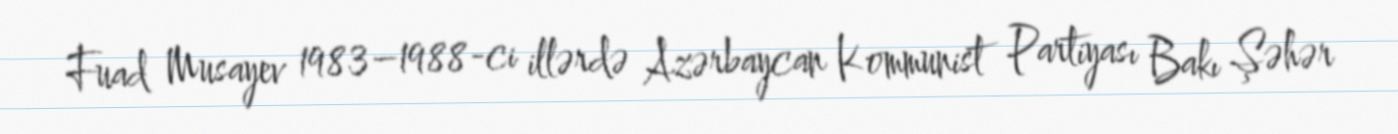
Fuad Musayev 1983–1988-ci illərdə Azərbaycan Kommunist Partiyası Bakı Şəhər